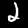
Digit: 2